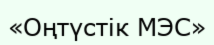
«Оңтүстік МЭС»